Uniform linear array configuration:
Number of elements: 4
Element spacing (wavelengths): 1
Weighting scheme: hann
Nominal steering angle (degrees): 45
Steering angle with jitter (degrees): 46.854
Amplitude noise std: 0.05
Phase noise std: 0.05

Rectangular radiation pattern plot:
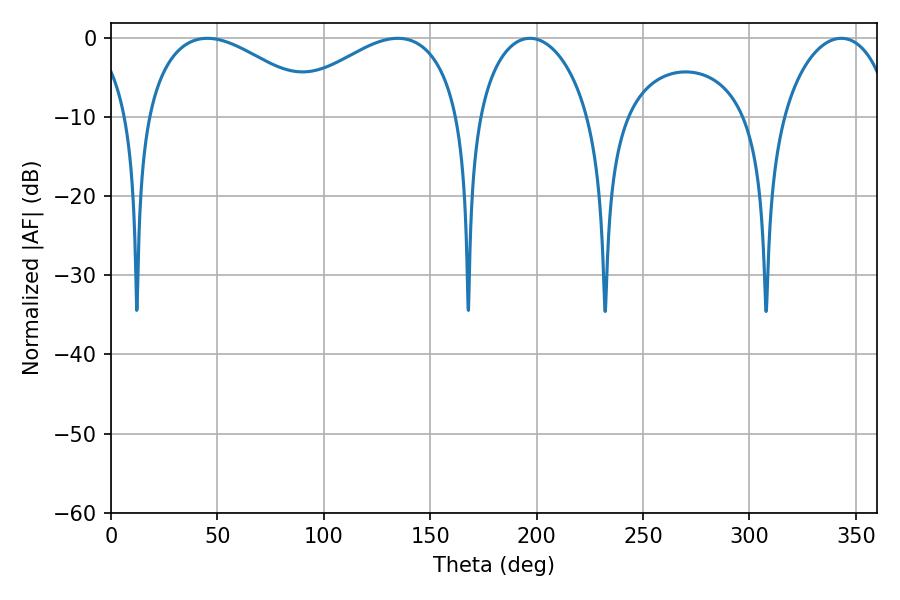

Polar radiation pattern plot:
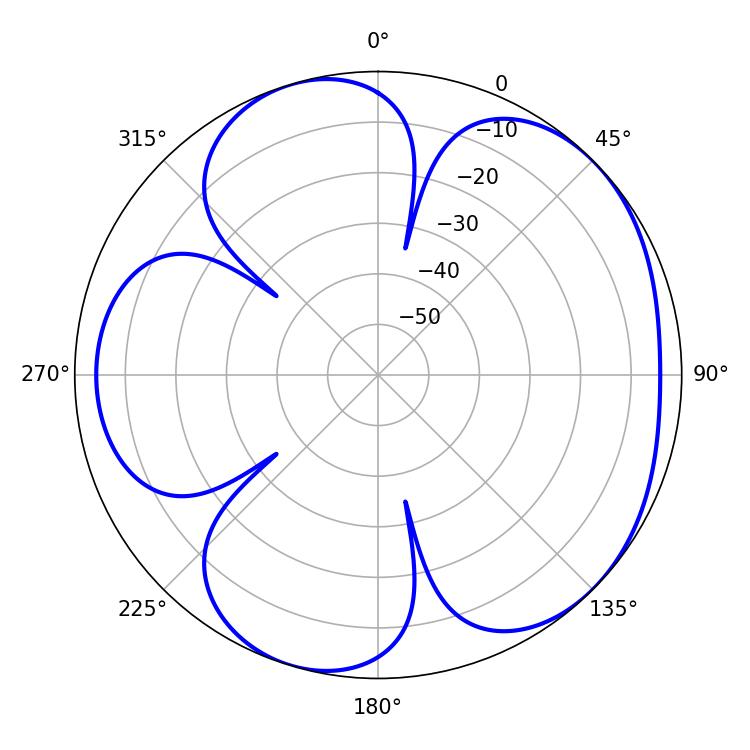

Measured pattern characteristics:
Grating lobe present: TRUE
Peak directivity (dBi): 4.908
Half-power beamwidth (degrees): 46.08
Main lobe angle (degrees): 45.18